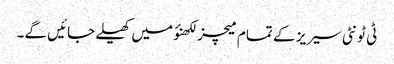
ٹی ٹونٹی سیریز کے تمام میچز لکھنؤ میں کھیلے جائیں گے۔